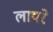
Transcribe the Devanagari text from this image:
लायरे